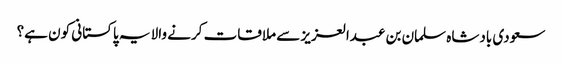
سعودی بادشاہ سلمان بن عبدالعزیز سے ملاقات کرنے والا یہ پاکستانی کون ہے؟